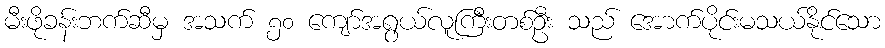
မီးဖိုခန်းဘက်ဆီမှ အသက် ၅၀ ကျော်အရွယ်လူကြီးတစ်ဦး သည် အောက်ပိုင်းမသယ်နိုင်သော